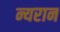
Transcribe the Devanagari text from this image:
न्यरान